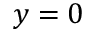
y = 0